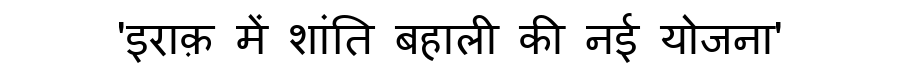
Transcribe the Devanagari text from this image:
'इराक़ में शांति बहाली की नई योजना'